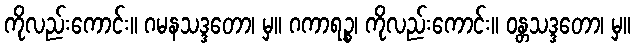
ကိုလည်းကောင်း။ ဂမနသဒ္ဒတော၊ မှ။ ဂကာရဉ္စ၊ ကိုလည်းကောင်း။ ဝန္တသဒ္ဒတော၊ မှ။